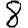
Digit: 8